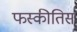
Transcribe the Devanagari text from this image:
फस्कीतिस